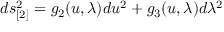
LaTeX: d s _ { [ 2 ] } ^ { 2 } = g _ { 2 } ( u , \lambda ) d u ^ { 2 } + g _ { 3 } ( u , \lambda ) d \lambda ^ { 2 }